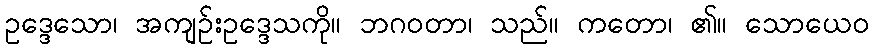
ဥဒ္ဒေသော၊ အကျဉ်းဥဒ္ဒေသကို။ ဘဂဝတာ၊ သည်။ ကတော၊ ၏။ သောယေဝ